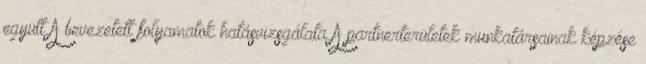
együtt A bevezetett folyamatok hatásvizsgálata A partnerterületek munkatársainak képzése